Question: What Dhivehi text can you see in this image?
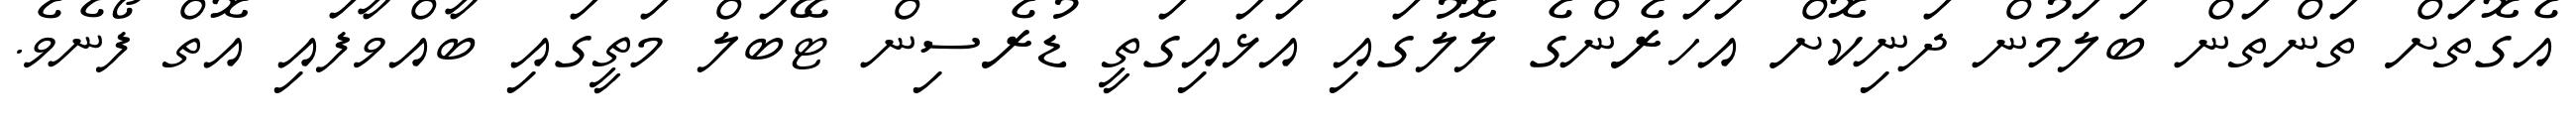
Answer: އެގޮތަށް ތަންތަން ބަލަމުން ދަނިކޮށް އަހަރެންގެ ލޮލުގައި އަޅައިގަތީ ޑުރެސިން ޓޭބަލް މަތީގައި ބާއްވާފައި އޮތް ފޯނެވެ.